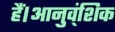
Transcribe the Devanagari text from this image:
हैं।आनुव्ंशिक